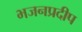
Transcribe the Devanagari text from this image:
भजनप्रदीप